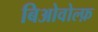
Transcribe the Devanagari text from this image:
बिओवोल्फ़